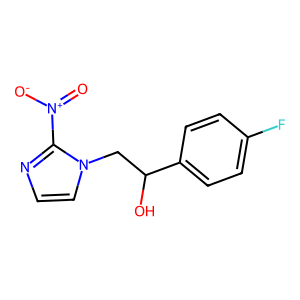
SMILES: O=[N+]([O-])c1nccn1CC(O)c1ccc(F)cc1
Inhibits HIV replication: No